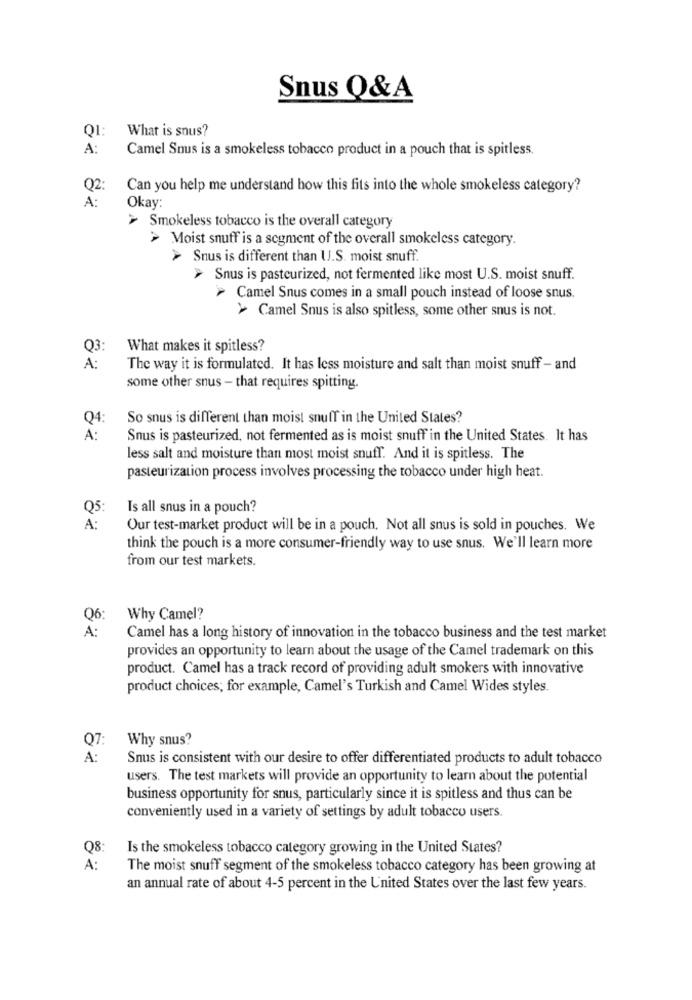
Snus Q&A
Q1:
What is snus?
A:
Camel Snus is a smokeless tobacco product in a pouch that is spitless.
Q2:
Can you help me understand how this fits into the whole smokeless category?
A:
Okay:
> Smokeless tobacco is the overall category
> Moist snuff is a segment of the overall smokeless category.
> Snus is different than U.S. moist snuff.
> Snus is pasteurized, not fermented like most U.S. moist snuff.
> Camel Snus comes in a small pouch instead of loose snus.
> Camel Snus is also spitless, some other snus is not.
What makes it spitless?
A:
The way it is formulated. It has less moisture and salt than moist snuff - and
some other snus - that requires spitting.
So snus is different than moist snuff in the United States?
Q
À :
Snus is pasteurized, not fermented as is moist snuff in the United States. It has
less salt and moisture than most moist snuff. And it is spitless. The
pasteurization process involves processing the tobacco under high heat.
Q
Is all snus in a pouch?
A:
Our test-market product will be in a pouch. Not all snus is sold in pouches. We
think the pouch is a more consumer-friendly way to use snus. We'll learn more
from our test markets.
Q6:
Why Camel?
A :
Camel has a long history of innovation in the tobacco business and the test market
provides an opportunity to learn about the usage of the Camel trademark on this
product. Camel has a track record of providing adult smokers with innovative
product choices; for example, Camel's Turkish and Camel Wides styles.
Q7:
Why snus?
A:
Snus is consistent with our desire to offer differentiated products to adult tobacco
users. The test markets will provide an opportunity to learn about the potential
business opportunity for snus, particularly since it is spitless and thus can be
conveniently used in a variety of settings by adult tobacco users.
Q8:
Is the smokeless tobacco category growing in the United States?
A:
The moist snuff segment of the smokeless tobacco category has been growing at
an annual rate of about 4-5 percent in the United States over the last few years.